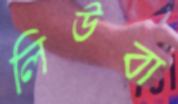
লিউবা